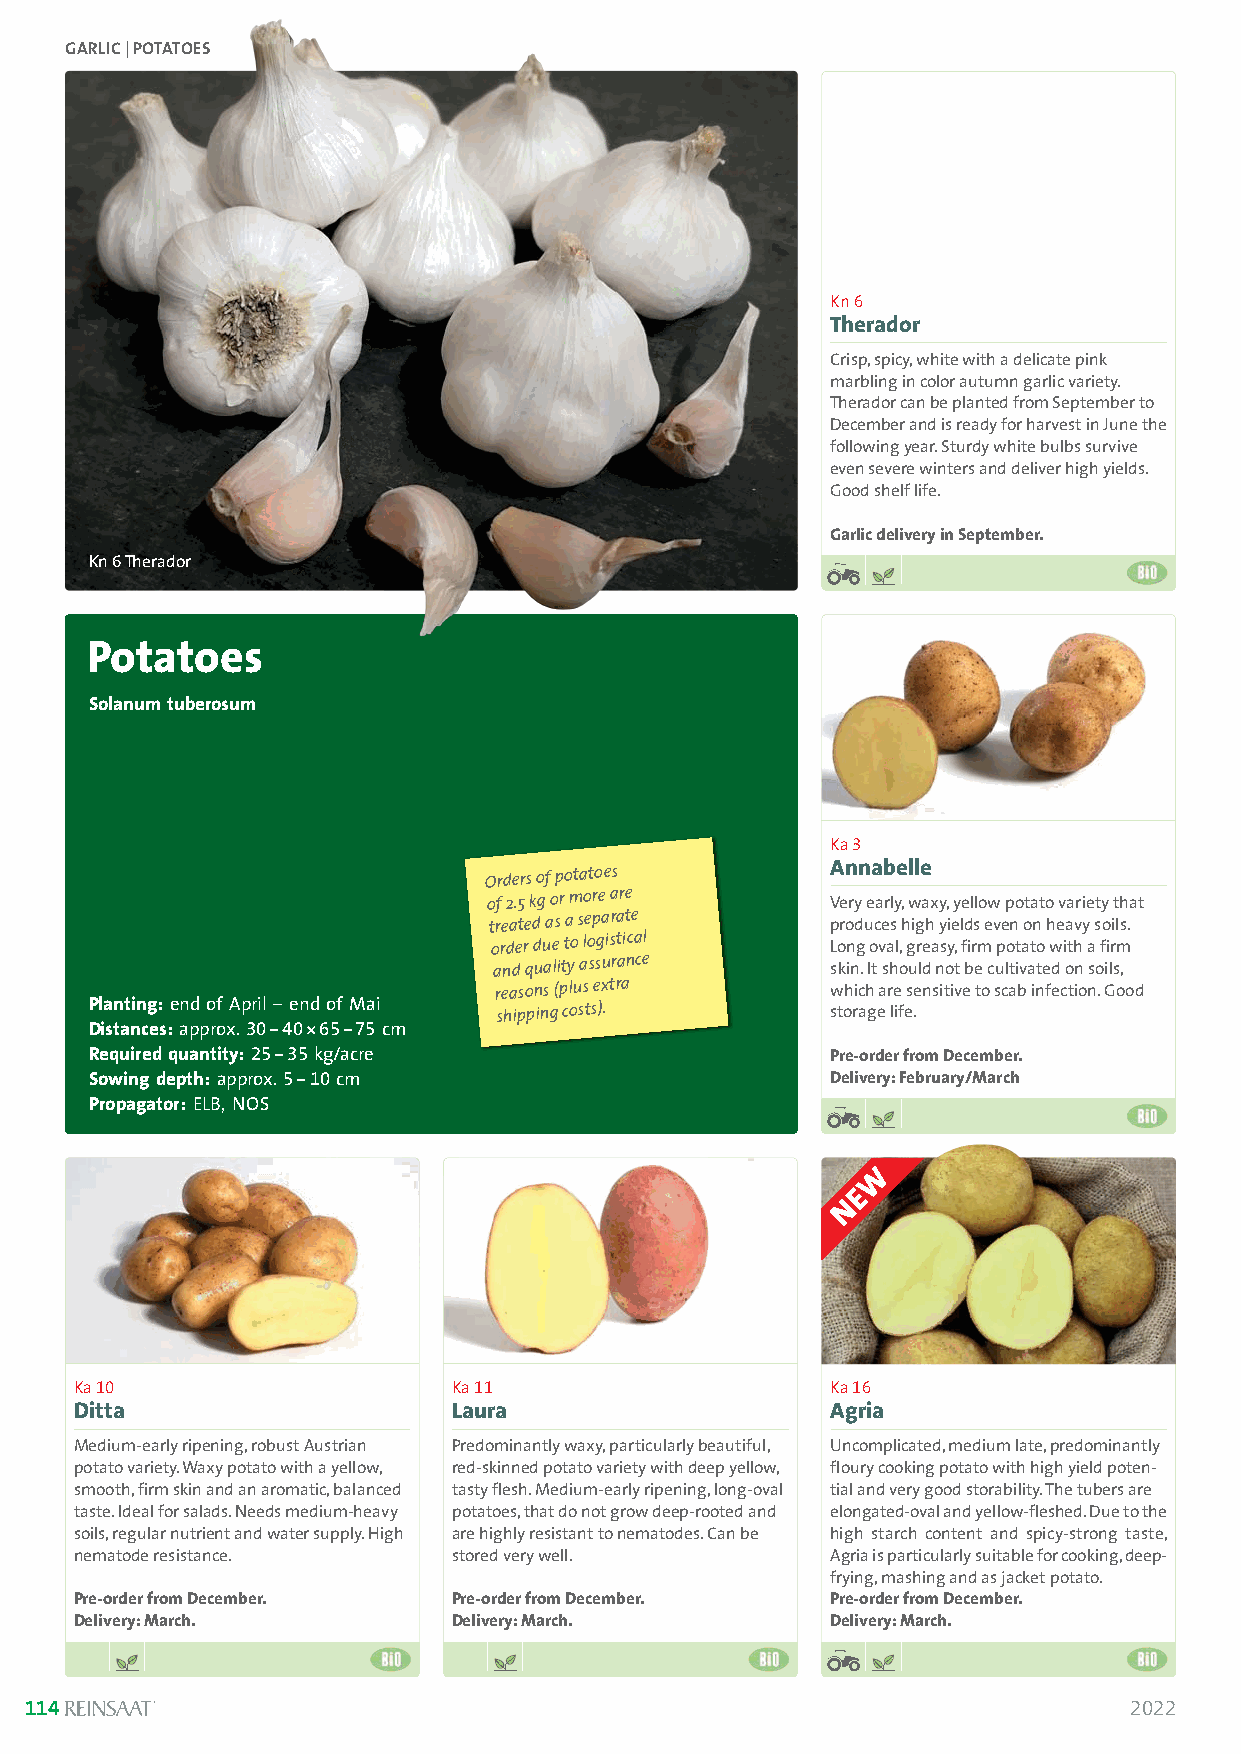
GARLIC| POTATOES
 Kn 6
 Therador
 Crisp, spicy, white with a delicate pink
 marbling in color autumn garlic variety.
 Therador can be planted from September to
 December and is ready for harvest in June the
 following year. Sturdy white bulbs survive
 even severe winters and deliver high yields.
 Good shelf life.
 Garlic delivery in September.
 Kn 6Therador
 Potatoes
 Solanum tuberosum
 Ka 3
 Orders of potatoes     Annabelle
 of 2.5 kg or more are  Very early, waxy, yellow potato variety that
 treated as a separate  produces high yields even on heavy soils.
 order due to logistical Long oval, greasy, firm potato with a firm
 and quality
 assurance
 skin. It should not be cultivated on soils,
 reasons (plus extra   which are sensitive to scab infection. Good
 Planting:end of April –end of Mai shipping costs). storage life.
 Distances:approx. 30-40*65-75 cm
 Required quantity:25-35kg/acre                   Pre-order from December.
 Sowing depth:approx. 5-10cm                      Delivery: February/March
 Propagator:ELB, NOS
 Ka 10                    Ka 11                    Ka 16
 Ditta                    Laura                    Agria
 Medium-early ripening, robust Austrian Predominantly waxy, particularly beautiful, Uncomplicated, medium late, predominantly
 potato variety. Waxy potato with a yellow, red-skinned potato variety with deep yellow, floury cooking potato with high yield poten-
 smooth, firm skin and an aromatic, balanced tasty flesh. Medium-early ripening, long-oval tial and very good storability. The tubers are
 taste. Ideal for salads. Needs medium-heavy potatoes, that do not grow deep-rooted and elongated-oval and yellow-fleshed. Due to the
 soils, regular nutrient and water supply. High are highly resistant to nematodes. Can be high starch content and spicy-strong taste,
 nematode resistance.     stored very well.        Agria is particularly suitable for cooking, deep-
 frying, mashing and as jacket potato.
 Pre-order from December. Pre-order from December. Pre-order from December.
 Delivery: March.         Delivery: March.         Delivery: March.
 114                                                                      2022